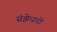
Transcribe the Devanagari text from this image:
संझेधारों